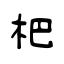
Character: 杷